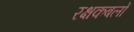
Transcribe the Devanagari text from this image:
रक्षकबलों